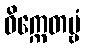
ဝိက္ကေတဗ္ဗံ